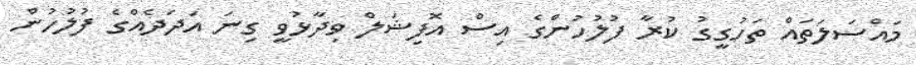
މައްސަލަތައް ތަހުގީގު ކުރާ ފުލުހުންގެ އިސް އޮފިޝަލް ވިދާޅުވީ ގިނަ އަދަދެއްގެ ފުލުހުން